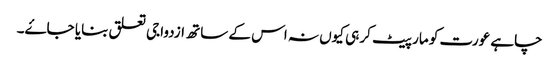
چاہے عورت کو مار پیٹ کر ہی کیوں نہ اس کے ساتھ ازدواجی تعلق بنایا جاۓ۔